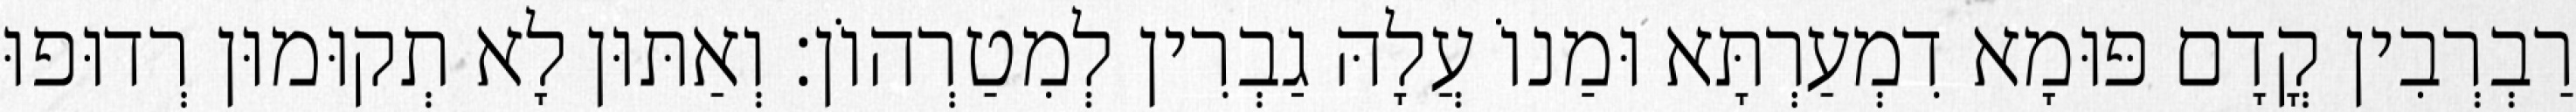
רַבְרְבִין קֳדָם פּוּמָא דִמְעַרְתָּא וּמַנוֹ עֲלָהּ גַבְרִין לְמִטַרְהוֹן׃ וְאַתּוּן לָא תְקוּמוּן רְדוּפוּ